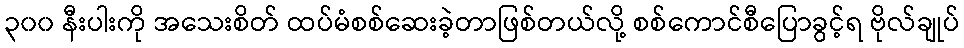
၃၀၀ နီးပါးကို အသေးစိတ် ထပ်မံစစ်ဆေးခဲ့တာဖြစ်တယ်လို့ စစ်ကောင်စီပြောခွင့်ရ ဗိုလ်ချုပ်